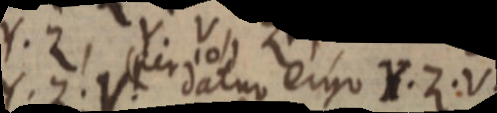
datur ergo Y. Z. V.